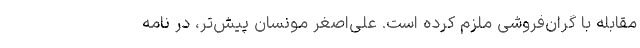
مقابله با گران‌فروشی ملزم کرده است. علی‌اصغر مونسان پیش‌تر، در نامه